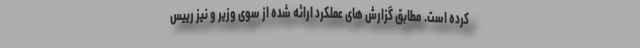
كرده است. مطابق گزارش هاى عملكرد ارائه شده از سوى وزير و نيز رييس